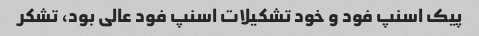
پیک اسنپ فود و خود تشکیلات اسنپ فود عالی بود، تشکر